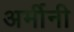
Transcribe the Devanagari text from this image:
अर्मीनी